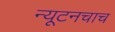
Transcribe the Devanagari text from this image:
न्यूटनचाच